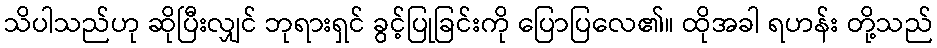
သိပါသည်ဟု ဆိုပြီးလျှင် ဘုရားရှင် ခွင့်ပြုခြင်းကို ပြောပြလေ၏။ ထိုအခါ ရဟန်း တို့သည်